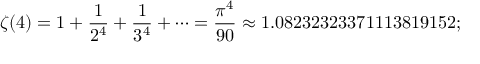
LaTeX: \zeta ( 4 ) = 1 + { \frac { 1 } { 2 ^ { 4 } } } + { \frac { 1 } { 3 ^ { 4 } } } + \cdots = { \frac { \pi ^ { 4 } } { 9 0 } } \approx 1 . 0 8 2 3 2 3 2 3 3 7 1 1 1 3 8 1 9 1 5 2 ;